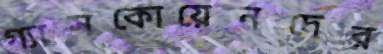
গ্যাসকোয়েনদের